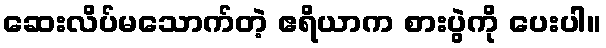
ဆေးလိပ်မသောက်တဲ့ ဧရိယာက စားပွဲကို ပေးပါ။